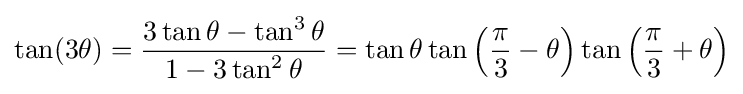
\tan(3\theta )={\frac {3\tan \theta -\tan ^{3}\theta }{1-3\tan ^{2}\theta }}=\tan \theta \tan \left({\frac {\pi }{3}}-\theta \right)\tan \left({\frac {\pi }{3}}+\theta \right)